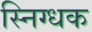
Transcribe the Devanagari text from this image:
स्निग्धक